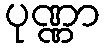
ပုဏ္ဏာ